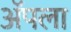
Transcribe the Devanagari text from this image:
अॅपला